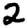
Digit: 2